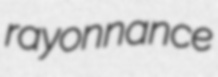
rayonnance